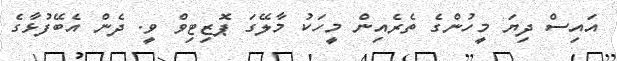
އައިސް ދިޔަ މީހުންގެ ތެރެއިން މީހަކު މާލޭގަ ޕޮޒިޓިވް ވީ. ދެން އެބޭފުޅާގެ